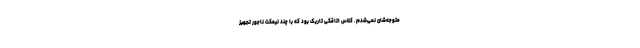
متوجه‌شان نمی‌شدم. کلاس اتاقکی تاریک بود که با چند نیمکتِ ناجور تجهیز